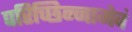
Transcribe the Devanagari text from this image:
परिच्छिन्नामेवं